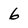
Character: 6